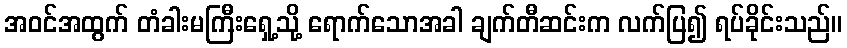
အဝင်အထွက် တံခါးမကြီးရှေ့သို့ ရောက်သောအခါ ချက်တီဆင်းက လက်ပြ၍ ရပ်ခိုင်းသည်။